Indian journal of veterinary science and animal husbandry - Volume 2,
Year: 1932
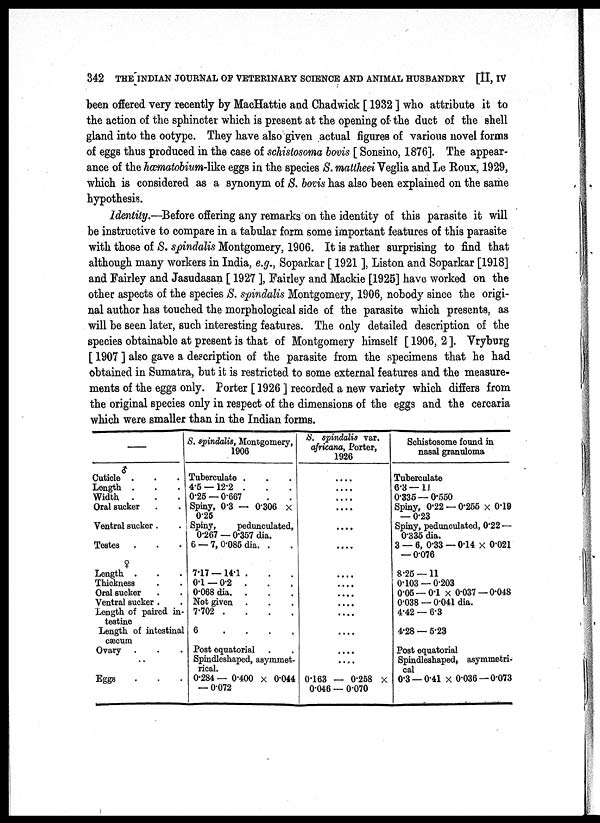
342 THE INDIAN JOURNAL OF VETERINARY SCIENCE AND ANIMAL HUSBANDRY [II, IV
been offered very recently by MacHattie and Chadwick [ 1932 ] who attribute it to
the action of the sphincter which is present at the opening of the duct of the shell
gland into the ootype. They have also given actual figures of various novel forms
of eggs thus produced in the case of schistosoma bovis [ Sonsino, 1876]. The appear
ance of the hæmatobium-like eggs in the species S. mattheei Veglia and Le Roux, 1929,
which is considered as a synonym of S. bovis has also been explained on the same
hypothesis.
Identity.—Before offering any remarks on the identity of this parasite it will
be instructive to compare in a tabular form some important features of this parasite
with those of S. spindalis Montgomery, 1906. It is rather surprising to find that
although many workers in India, e.g., Soparkar [ 1921 ], Liston and Soparkar [1918]
and Fairley and Jasudasan [ 1927 ], Fairley and Mackie [1925] have worked on the
other aspects of the species S. spindalis Montgomery, 1906, nobody since the origi
nal author has touched the morphological side of the parasite which presents, as
will be seen later, such interesting features. The only detailed description of the
species obtainable at present is that of Montgomery himself [ 1906, 2 ]. Vryburg
[ 1907 ] also gave a description of the parasite from the specimens that he had
obtained in Sumatra, but it is restricted to some external features and the measure
ments of the eggs only. Porter [ 1926 ] recorded a new variety which differs from
the original species only in respect of the dimensions of the eggs and the cercaria
which were smaller than in the Indian forms.
_
♂
Cuticle .
Length .
Width .
Oral sucker
Ventral sucker . .
Testes
♀
Length .
Thickness
Oral sucker
Ventral sucker .
Length of paired in
testine
Length of intestinal
cæcum
Ovary . . .
. .
Eggs
S. spindalis, Montgomery,
1906
Tuberculate . . . .
4.5 —12.2 .
0.25 — 0.667
Spiny, 0.3 — 0.306 ×
0.25
Spiny,
pedunculated,
0.267 — 0.357 dia.
6 — 7, 0.085 dia. .
7.17 —14.1 .
0.1 — 0.2 .
0.068 dia. .
Not given
7.702 .
.
.
.
6 . . . .
Post equatorial
Spindleshaped, asymmet
rical.
0.284— 0.400 × 0.044
— 0.072
S. spindalis var.
africana, Porter,
1926
....
....
....
....
....
....
....
....
....
....
....
....
....
....
0.163 — 0.258 ×
0.046 — 0.070
Schistosome found in
nasal granuloma
Tuberculate
6.3 — 11
0.335 — 0.550
Spiny, 0.22 — 0.255 × 0.19
— 0.23
Spiny, pedunculated, 0.22 —
0.335 dia.
3 — 6, 0.33 — 0.14 × 0.021
— 0.076
8.25 —11
0.103 — 0.203
0.05 — 0.1 × 0.037 — 0.048
0.038 — 0.041 dia.
4.42 — 6.3
4.28 — 5.23
Post equatorial
Spindleshaped, asymmetri
cal
0.3 — 0.41 × 0.036 —0.073